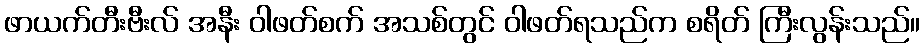
ဖာယက်တီးဗီးလ် အနီး ဝါဖတ်စက် အသစ်တွင် ဝါဖတ်ရသည်က စရိတ် ကြီးလွန်းသည်။